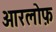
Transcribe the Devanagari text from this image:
ओरलोफ़